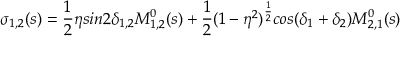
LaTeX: \sigma _ { 1 , 2 } ( s ) = \frac { 1 } { 2 } \eta s i n 2 \delta _ { 1 , 2 } M _ { 1 , 2 } ^ { 0 } ( s ) + \frac { 1 } { 2 } ( 1 - \eta ^ { 2 } ) ^ { \frac { 1 } { 2 } } c o s ( \delta _ { 1 } + \delta _ { 2 } ) M _ { 2 , 1 } ^ { 0 } ( s )